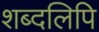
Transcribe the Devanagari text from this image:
शब्दलिपि